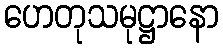
ဟေတုသမုဋ္ဌာနော